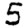
Digit: 5